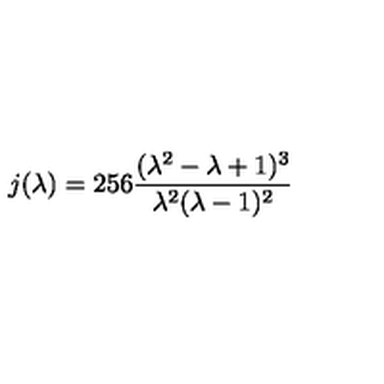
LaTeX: j ( \lambda ) = 2 5 6 \frac { ( \lambda ^ { 2 } - \lambda + 1 ) ^ { 3 } } { \lambda ^ { 2 } ( \lambda - 1 ) ^ { 2 } }